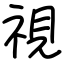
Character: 視